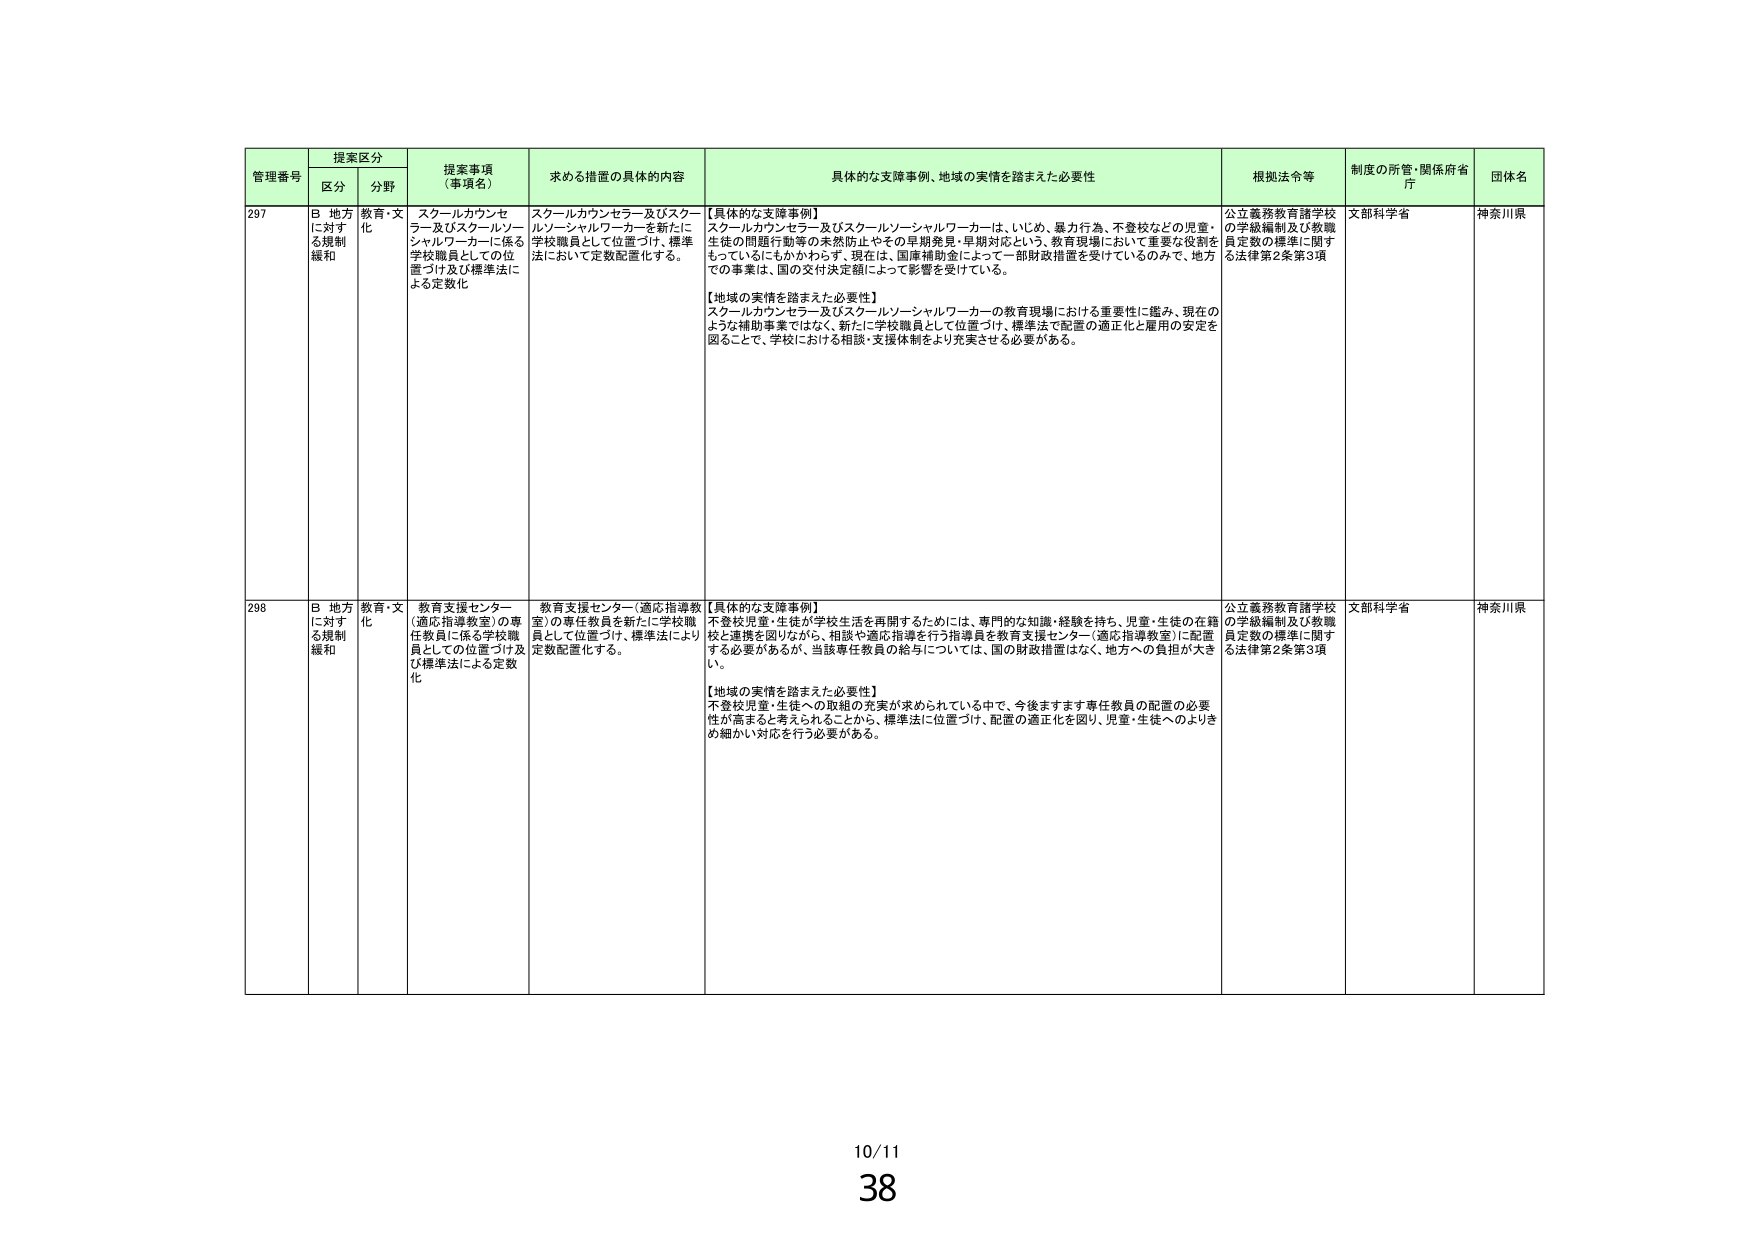
管理番号 提案区分 提案事項（事項名） 求める措置の具体的内容 具体的な支援事例、地域の実情を踏まえた必要性 根拠法令等 制度の所管・関係府省庁 団体名
区分 分野
297 B 地方に対する規制緩和 教育・文化 スクールカウンセラー及びスクールソーシャルワーカーに係る学校職員としての位置づけ及び標準法による定数化 スクールカウンセラー及びスクールソーシャルワーカーを新たに学校職員として位置づけ、標準法において定数配置化する。 【具体的な支援事例】 スクールカウンセラー及びスクールソーシャルワーカーは、いじめ、暴力行為、不登校などの児童・生徒の問題行動等の未然防止やその早期発見・早期対応という、教育現場において重要な役割をもっているにもかかわらず、現在は、国庫補助金によって一部財政措置を受けているのみで、地方での事業は、国の交付決定額によって影響を受けている。 【地域の実情を踏まえた必要性】 スクールカウンセラー及びスクールソーシャルワーカーの教育現場における重要性に鑑み、現在のような補助事業ではなく、新たに学校職員として位置づけ、標準法で配置の適正化と雇用の安定を図ることで、学校における相談・支援体制をより充実させる必要がある。 公立義務教育諸学校の学級編制及び教職員定数の標準に関する法律第2条第3項 文部科学省 神奈川県
298 B 地方に対する規制緩和 教育・文化 教育支援センター（適応指導教室）の専任教員に係る学校職員としての位置づけ及び標準法による定数化 教育支援センター（適応指導教室）の専任教員を新たに学校職員として位置づけ、標準法により定数配置化する。 【具体的な支援事例】 不登校児童・生徒が学校生活を再開するためには、専門的な知識・経験を持ち、児童・生徒の在籍校と連携を図りながら、相談や適応指導を行う指導員を教育支援センター（適応指導教室）に配置する必要があるが、当該専任教員の給与については、国の財政措置はなく、地方への負担が大きい。 【地域の実情を踏まえた必要性】 不登校児童・生徒への取組の充実が求められている中で、今後ますます専任教員の配置の必要性が高まると考えられることから、標準法に位置づけ、配置の適正化を図り、児童・生徒へのよりきめ細かい対応を行う必要がある。 公立義務教育諸学校の学級編制及び教職員定数の標準に関する法律第2条第3項 文部科学省 神奈川県
10/11
38